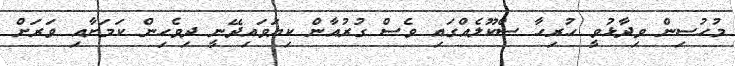
މުހުސިން ވިދާޅުވީ ހުރިހާ ސްކޫލެއްގައި ވެސް ގުރުއާން ކިޔަވައިދޭނީ ދިވެހިން ކަމަށާއި ވަރަށް